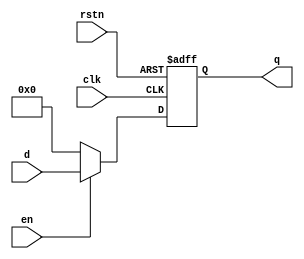
module dfflrc #(
    parameter DATA_WIDTH = 16
)(
    input wire clk,
    input wire rstn,
    input wire en,
    input wire [DATA_WIDTH-1 : 0] d,

    output wire [DATA_WIDTH-1 : 0] q
);

reg [DATA_WIDTH-1 : 0] q_r;
assign q = q_r;

always @(posedge clk or negedge rstn) begin
    if(rstn == 1'b0) begin
        q_r <= {DATA_WIDTH{1'b0}};
    end
    else if (en == 1'b1) begin
        q_r <= d;
    end
    else begin
        q_r <= {DATA_WIDTH{1'b0}};
    end
end

endmodule